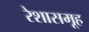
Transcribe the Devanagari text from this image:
रेशासमूह